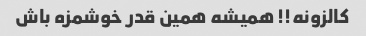
کالزونه!! همیشه همین قدر خوشمزه باش